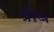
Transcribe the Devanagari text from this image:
ग्रीब